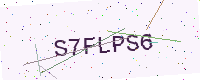
Text: S7FLPS6